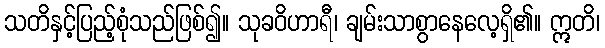
သတိနှင့်ပြည့်စုံသည်ဖြစ်၍။ သုခဝိဟာရီ၊ ချမ်းသာစွာနေလေ့ရှိ၏။ ဣတိ၊